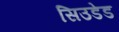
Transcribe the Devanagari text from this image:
सिउडेड